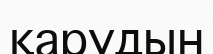
қарудын